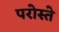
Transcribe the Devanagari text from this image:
परोस्ते